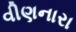
વીણનારા